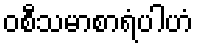
ဝစီသမာစာရံပါဟံ